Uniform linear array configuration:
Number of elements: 64
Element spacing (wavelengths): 0.75
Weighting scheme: hann
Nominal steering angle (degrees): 60
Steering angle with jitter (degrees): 59.843
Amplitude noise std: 0.05
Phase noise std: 0.05

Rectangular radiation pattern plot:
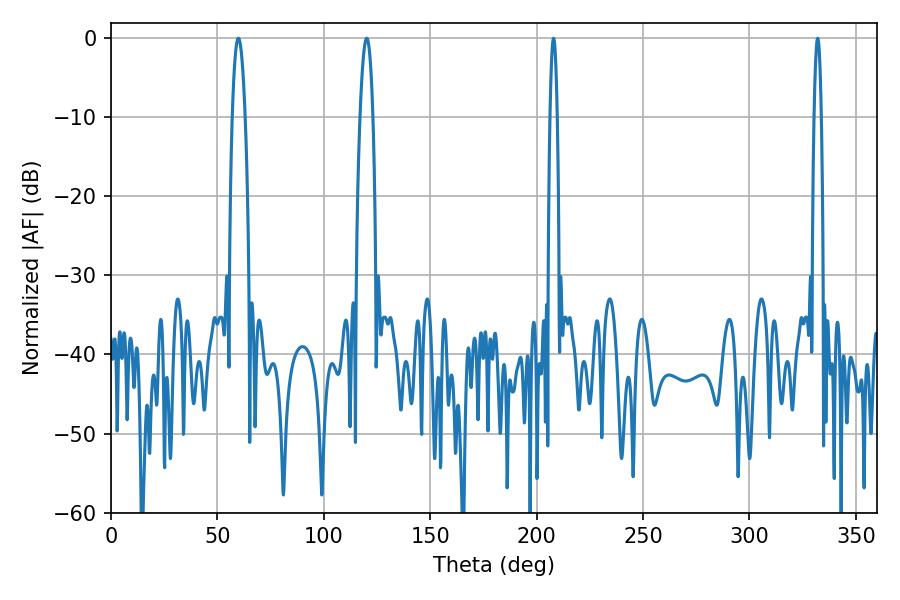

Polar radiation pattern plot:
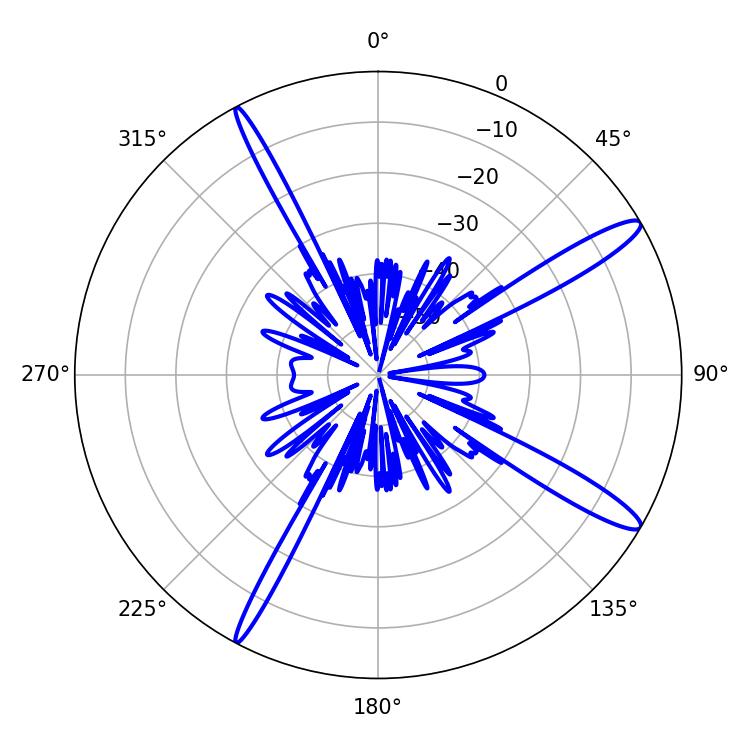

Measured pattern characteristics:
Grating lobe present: TRUE
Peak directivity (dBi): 14.199
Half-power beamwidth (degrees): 3.24
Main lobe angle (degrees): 120.24